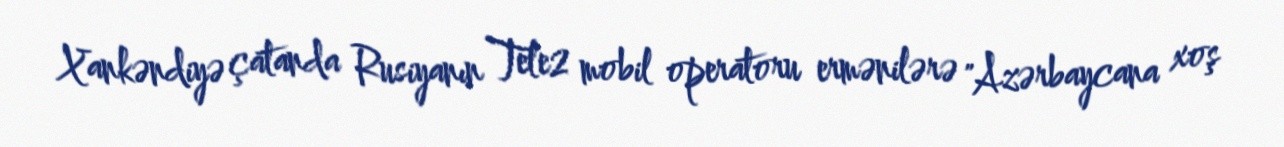
Xankəndiyə çatanda Rusiyanın Tele2 mobil operatoru ermənilərə "Azərbaycana xoş